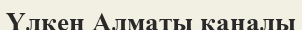
Үлкен Алматы каналы